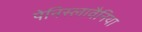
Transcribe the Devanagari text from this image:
पेनिस्लावैनिया